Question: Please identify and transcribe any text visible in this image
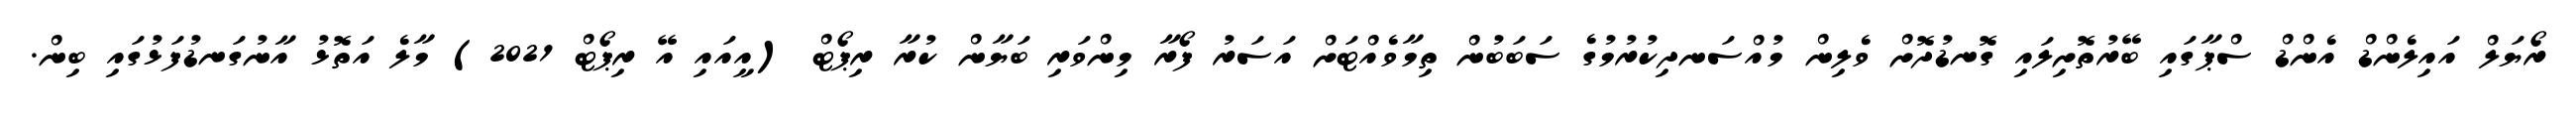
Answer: ރޯޔަލް އައިލެންޑް އެންޑް ސްޕާގައި ބޭރުތޮށިލައި ގޮނޑުދޮށް ވެލިން މުއްސަނދިކުރުމުގެ ސަބަބުން ތިމާވެއްޓަށް އަސަރު ފޯރާ މިންވަރި ބަޔާން ކުރާ ރިޕޯޓް (އީއައި އޭ ރިޕޯޓް 2021) މާލެ އަތޮޅު އާނުގަނޑުފަޅުގައި ބިން.